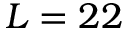
L = 2 2